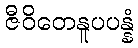
ဇီဝိတေနူပပန္နံ